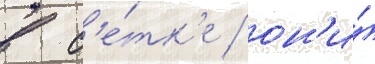
в с'е́тк'е / он'и́